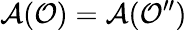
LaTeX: \mathcal{A}(\mathcal{O})=\mathcal{A}(\mathcal{O}^{\prime\prime})